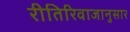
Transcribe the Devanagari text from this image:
रीतिरिवाजानुसार